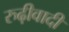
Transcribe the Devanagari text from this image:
रुढ़ीवादी